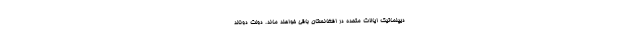
دیپلماتیک ایالات متحده در افغانستان باقی خواهند ماند. دولت دونالد